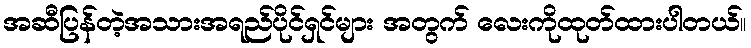
အဆီပြန်တဲ့အသားအရည်ပိုင်ရှင်များ အတွက် လေးကိုထုတ်ထားပါတယ်။